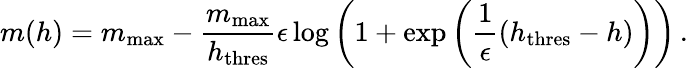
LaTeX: m(h)=m_{\mathrm{max}}-\frac{m_{\mathrm{max}}}{h_{\mathrm{thres}}}\epsilon\log\left(1+\exp\left(\frac{1}{\epsilon}\left(h_{\mathrm{thres}}-h\right)\right)\right)\, .